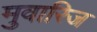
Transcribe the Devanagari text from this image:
मुवारिज